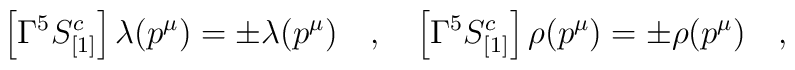
\left [\Gamma^5 S^c_{[1]}\right ] \lambda (p^\mu) =\pm \lambda (p^\mu)\quad,\quad\left [\Gamma^5 S^c_{[1]}\right ] \rho (p^\mu) =\pm \rho (p^\mu)\quad,